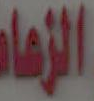
الزمان